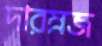
দারম্নজ